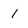
Character: 1